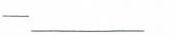
-_______